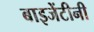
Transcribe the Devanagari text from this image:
बाइजेंटीनी